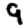
Digit: 9